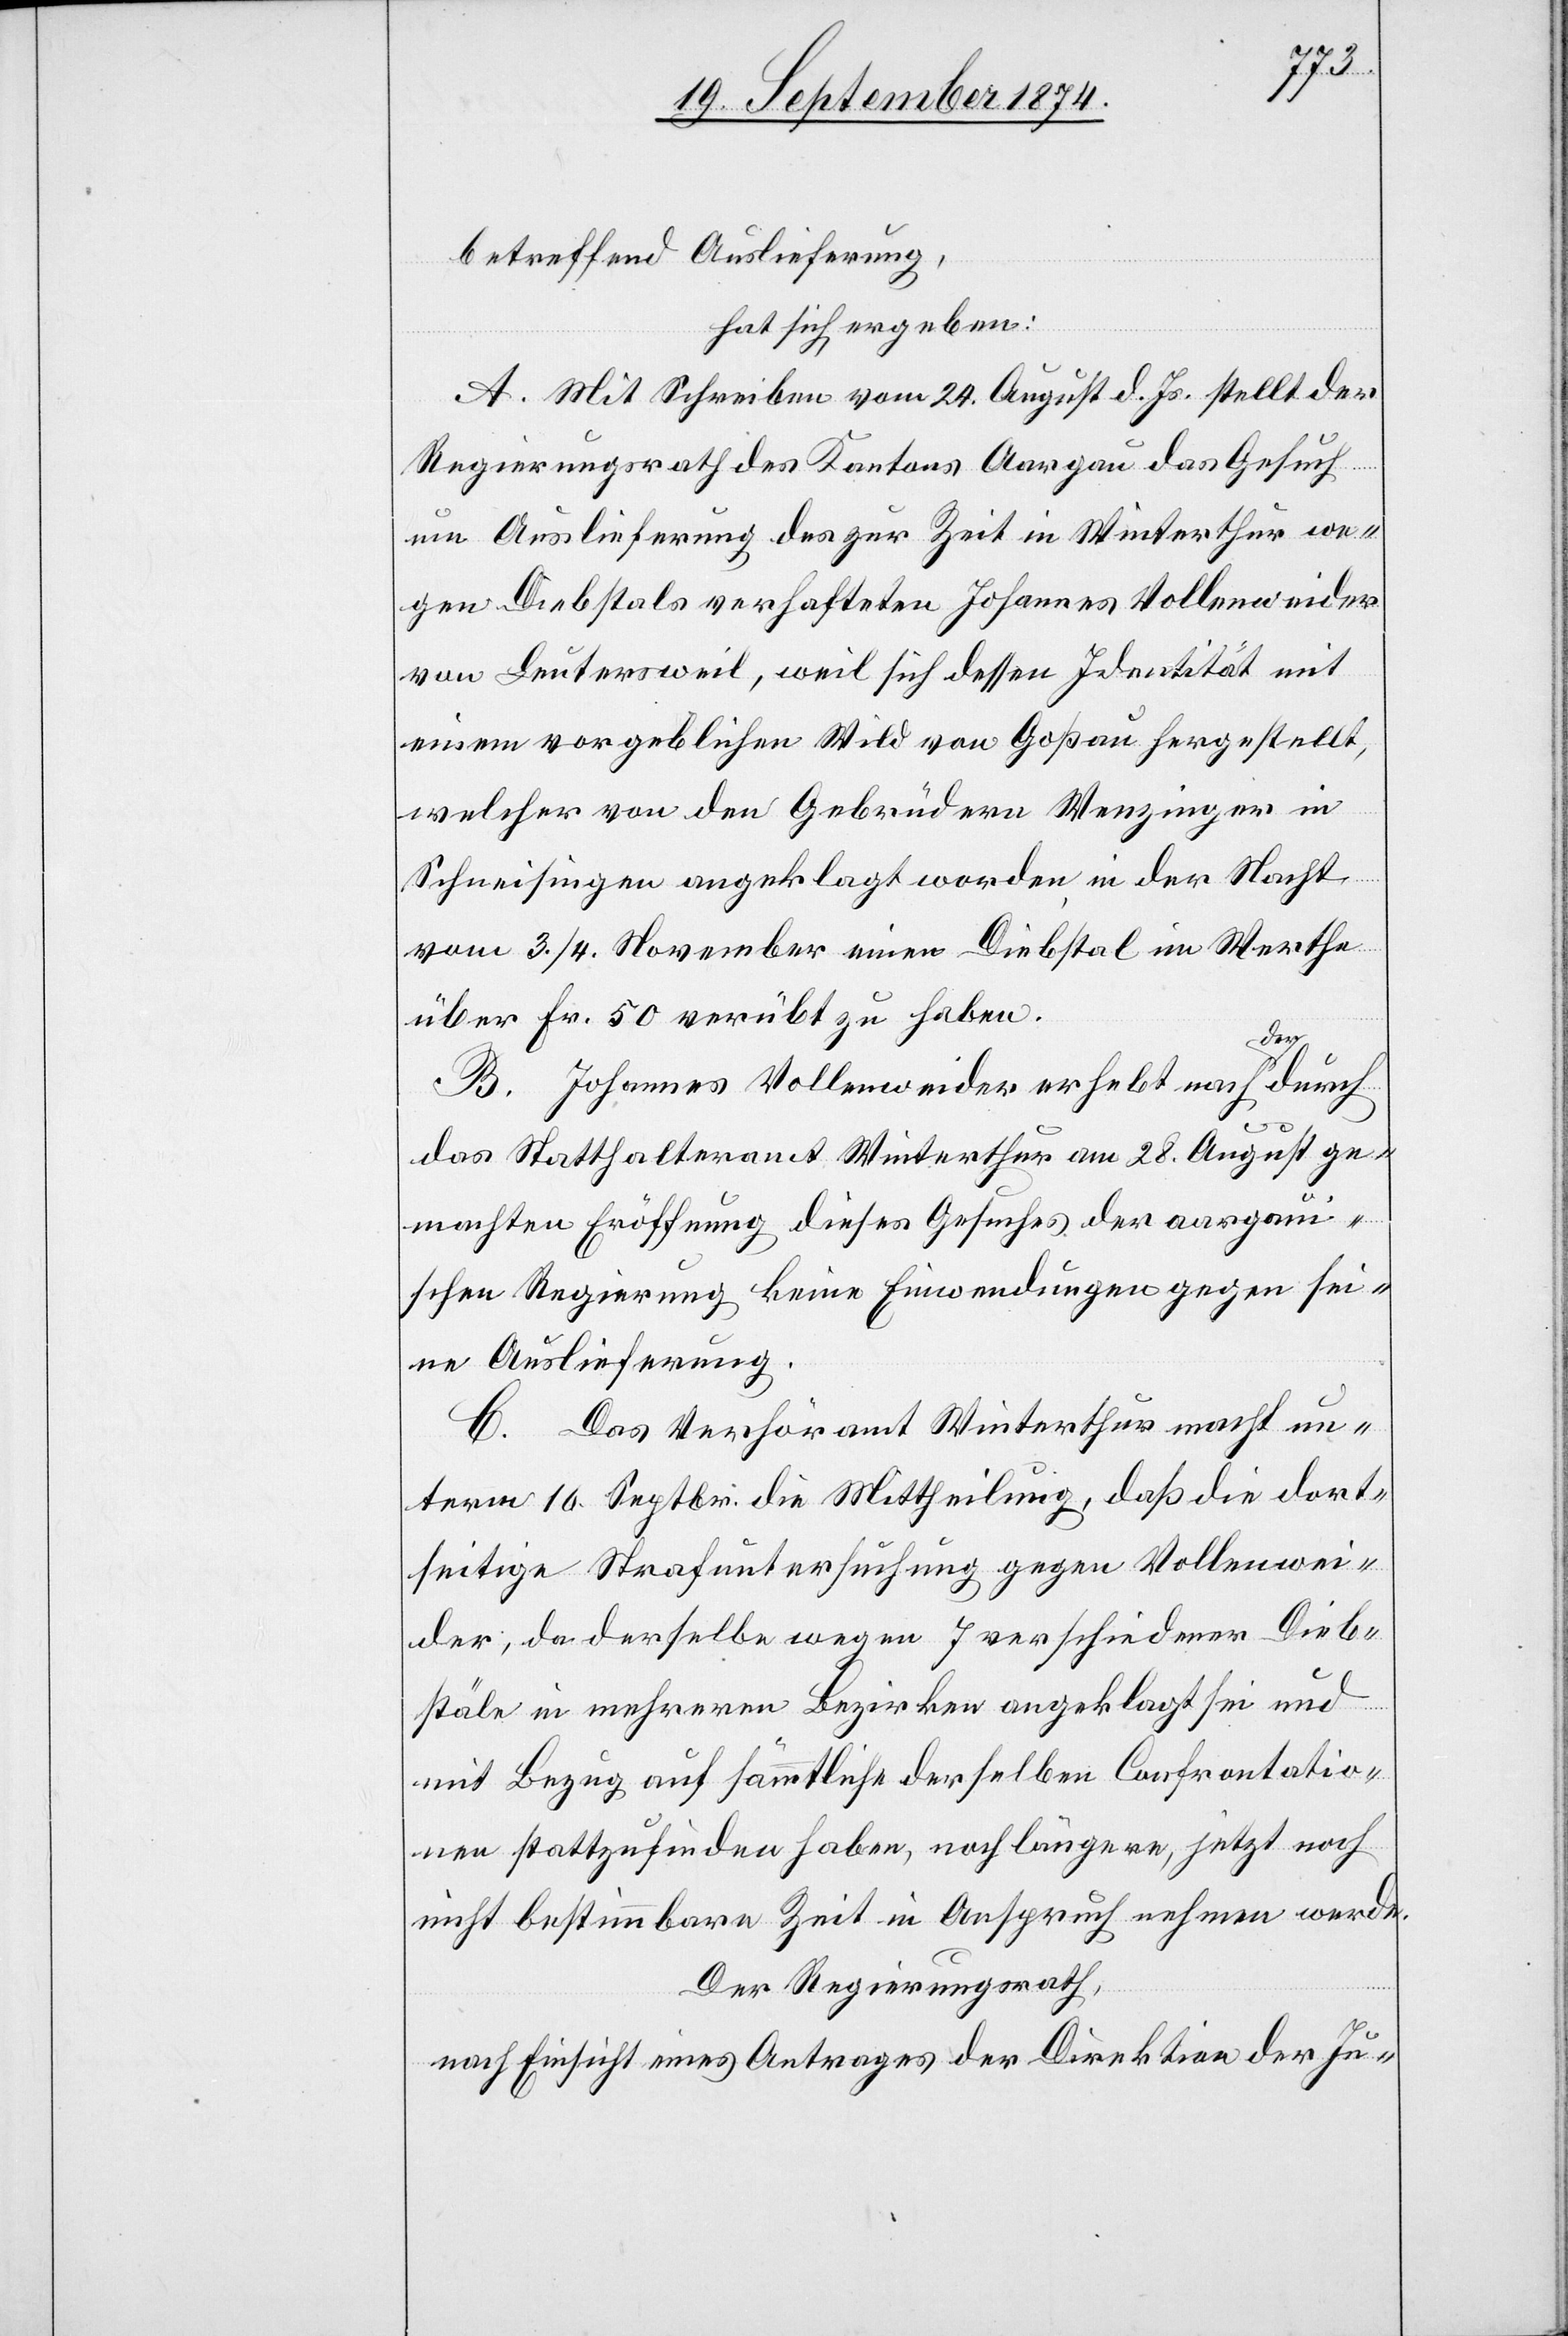
betreffend Auslieferung,
hat sich ergeben:
A. Mit Schreiben vom 24. August d. Js. stellt der
Regierungsrath des Kantons Aargau das Gesuch
um Auslieferung des zur Zeit in Winterthur we¬
gen Diebstals verhafteten Johannes Vollenweider
von Leutersweil, weil sich dessen Identität mit
einem vorgeblichen Wild von Goßau hergestellt,
welcher von den Gebrüdern Wenzinger in
Schneisingen angeklagt worden, in der Nacht
vom 3./4. November einen Diebstal im Werthe
über Fr. 50 verübt zu haben.
B. Johannes Vollenweider erhebt nach der durch
das Statthalteramt Winterthur am 28. August ge¬
machten Eröffnung dieses Gesuches der aargaui¬
schen Regierung keine Einwendungen gegen sei¬
ne Auslieferung.
C. Das Verhöramt Winterthur macht un¬
term 10. Septbr. die Mittheilung, daß die dort¬
seitige Strafuntersuchung gegen Vollenwei¬
der, da derselbe wegen 7 verschiedenen Dieb¬
stälen in mehrern Bezirken angeklagt sei und
mit Bezug auf sämmtliche derselben Confrontatio¬
nen stattzufinden habe, noch längere, jetzt noch
nicht bestimmbare Zeit in Anspruch nehmen werde.
Der Regierungsrath,
nach Einsicht eines Antrages der Direktion der Ju-